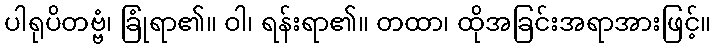
ပါရုပိတဗ္ဗံ၊ ခြုံရာ၏။ ဝါ၊ ရန်းရာ၏။ တထာ၊ ထိုအခြင်းအရာအားဖြင့်။